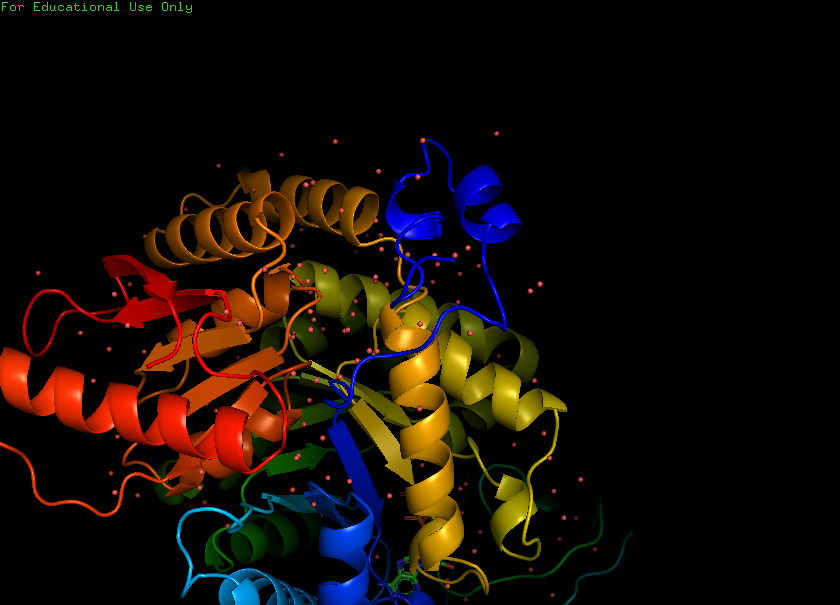
pymol, preset, pretty_solv